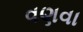
વણવા